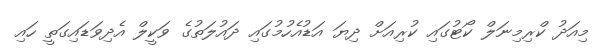
މިއަދު ކްރިމިނަލް ކޯޓުގައި ކުރިއަށް ދިޔަ އަޑުއެހުމުގައި ދައުލަތުގެ ވަކީލް އެދިވަޑައިގަތީ ހައި